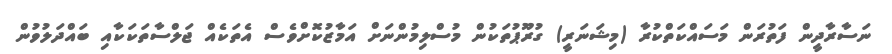
ނަސާރާދީން ފަތުރަން މަސައްކަތްކުރާ (މިޝަނަރީ) ގުރޫޕުތަކުން މުސްލިމުންނަށް އަމާޒުކޮށްވެސް އެތަކެއް ޖަލްސާތަކަކާއި ބައްދަލުވުން